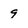
Character: 9